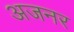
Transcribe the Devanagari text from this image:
अजनर